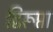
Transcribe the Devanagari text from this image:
द्विरूप्ता